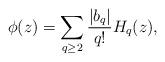
LaTeX: \begin{align*}\phi(z)= \sum_{q\geq 2} \frac{|b_q|}{q!} H_{q}(z),\end{align*}